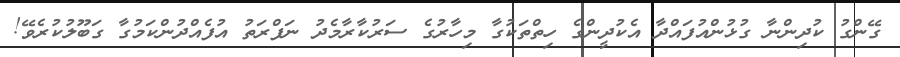
ގޭންގު ކުދިންނާ ގުޅުންއުފައްދާ އެކުދީންގެ ހިތްތަކުގާ މިހާރުގެ ސަރުކާރާމެދު ނަފްރަތު އުފެއްދުންކަމުގާ ގަބޫލުކުރެވޭ!